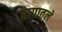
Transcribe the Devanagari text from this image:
रागातले